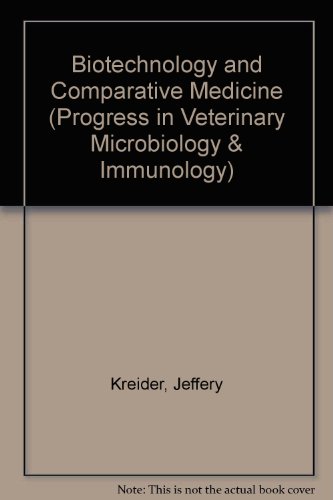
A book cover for Biotechnology and Comparative Medicine (Progress in Veterinary Microbiology and Immunology, Vol. 3); Medical Books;